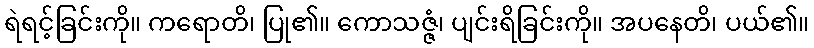
ရဲရင့်ခြင်းကို။ ကရောတိ၊ ပြု၏။ ကောသဇ္ဇံ၊ ပျင်းရိခြင်းကို။ အပနေတိ၊ ပယ်၏။